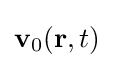
\mathbf {v} _{0}(\mathbf {r} ,t)